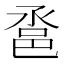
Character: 𨚡